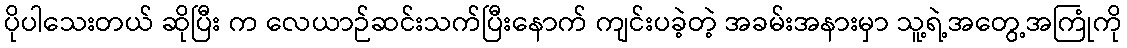
ပိုပါသေးတယ် ဆိုပြီး က လေယာဉ်ဆင်းသက်ပြီးနောက် ကျင်းပခဲ့တဲ့ အခမ်းအနားမှာ သူ့ရဲ့အတွေ့အကြုံကို